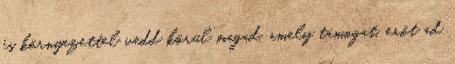
és környezettel vedd körül magad, amely támogat, erőt ad